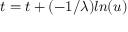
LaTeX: t = t + ( - 1 / \lambda ) l n ( u )